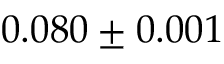
0 . 0 8 0 \pm 0 . 0 0 1